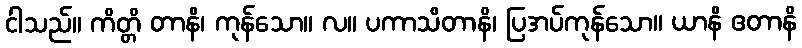
ငါသည်။ ကိတ္တိ တာနိ၊ ကုန်သော။ လ။ ပကာသိတာနိ၊ ပြအပ်ကုန်သော။ ယာနိ ဧတာနိ